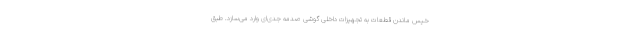
خیس ماندن قطعات به تجهیزات داخلی گوشی صدمه جدی‌ای وارد می‌سازد. طبق